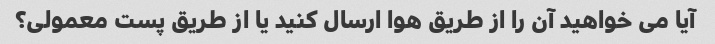
آیا می خواهید آن را از طریق هوا ارسال کنید یا از طریق پست معمولی؟